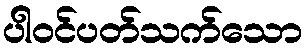
ပါဝင်ပတ်သက်သော